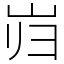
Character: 岿